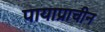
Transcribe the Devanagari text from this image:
पायाप्राचीन